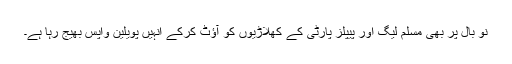
نو بال پر بھی مسلم لیگ اور پیپلز پارٹی کے کھلاڑیوں کو آؤٹ کرکے انہیں پویلین واپس بھیج رہا ہے۔